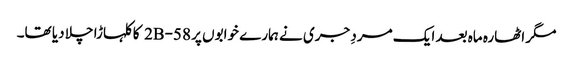
مگر اٹھارہ ماہ بعد ایک مردِ جری نے ہمارے خوابوں پر 58-2B کا کلہاڑا چلا دیا تھا۔